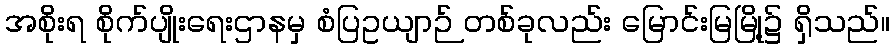
အစိုးရ စိုက်ပျိုးရေးဌာနမှ စံပြဥယျာဉ် တစ်ခုလည်း မြောင်းမြမြို့၌ ရှိသည်။